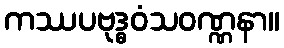
ကဿပဗုဒ္ဓဝံသဝဏ္ဏနာ။